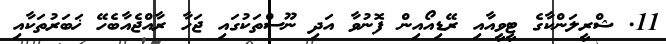
11. ޝްރީލަންކާގެ ޓީވީއާއި ރޭޑިއޯއިން ފޮނުވާ އަދި ނޫސްތަކުގައި ޖަހާ ރާއްޖެއާބެހޭ ޚަބަރުތަކާއި